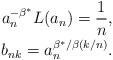
LaTeX: \begin{align*}a_n^{-\beta^*}L(a_n)=\frac1n,\\b_{nk}=a_n^{\beta^*/\beta(k/n)}.\end{align*}